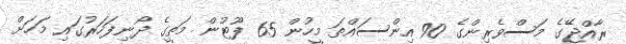
ރާއްޖޭގެ މަސްވެރިންގެ 90 އިންސައްތަ މީހުން 65 ފޫޓުން މަތީގެ ދޯނިފަހަރުގައި މަހަށް